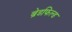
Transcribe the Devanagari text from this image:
ब्रेडफिल्ड